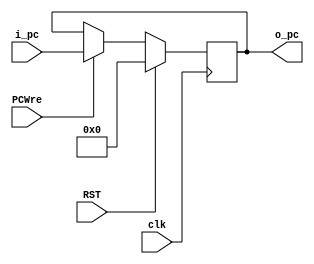
`timescale 1ns / 1ps

module PC(
    input clk, PCWre, RST,
    input [31:0] i_pc,
    output reg [31:0] o_pc
    );
    always @(posedge clk) begin //pcWreRST
        if(RST) o_pc <= 0;
        else if(PCWre) o_pc <= i_pc;
    end
endmodule